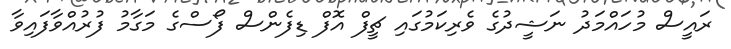
ރައީސް މުހައްމަދު ނަޝީދުގެ ވެރިކަމުގައި ޗީފް އޮފް ޑިފެންސް ފޯސްގެ މަގާމު ފުރުއްވާފައިވާ